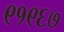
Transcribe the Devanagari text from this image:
९१९६७